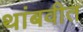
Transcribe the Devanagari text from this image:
थांबवीत